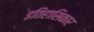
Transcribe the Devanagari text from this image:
इतिहासिकार